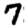
Digit: 7